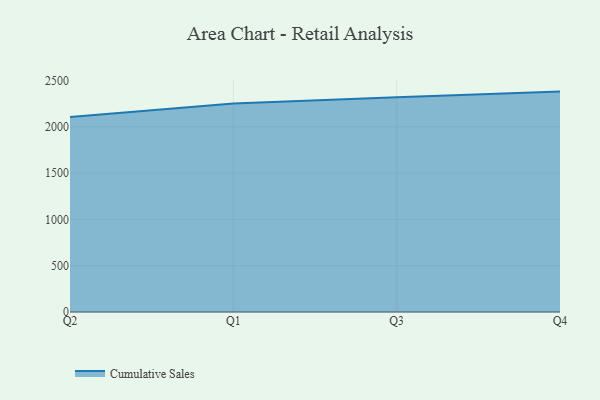
{"axis": {"x": "Quarter", "y": "Conversion Rate (%)"}, "legend": ["Cumulative Sales"], "data": [{"x": "Q2", "y": 2107.4, "type": "Cumulative Sales"}, {"x": "Q1", "y": 2252.7, "type": "Cumulative Sales"}, {"x": "Q3", "y": 2319.4, "type": "Cumulative Sales"}, {"x": "Q4", "y": 2380.6, "type": "Cumulative Sales"}]}